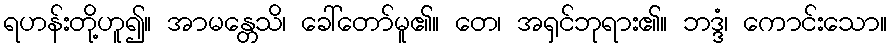
ရဟန်းတို့ဟူ၍။ အာမန္တေသိ၊ ခေါ်တော်မူ၏။ တေ၊ အရှင်ဘုရား၏။ ဘဒ္ဒံ၊ ကောင်းသော။